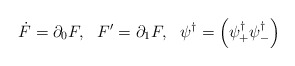
\begin{align*}\dot{F}=\partial_0 F,~~F{'}=\partial_{1}F,~~\psi^{\dag}=\left(\psi^{\dag}_+\psi^{\dag}_-\right)\end{align*}